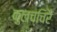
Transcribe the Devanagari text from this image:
कुलच्चिरै